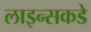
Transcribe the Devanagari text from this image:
लाइन्सकडे